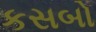
કસબો